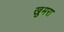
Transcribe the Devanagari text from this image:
खुमरा